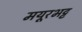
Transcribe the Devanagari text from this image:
मयूरभट्ट